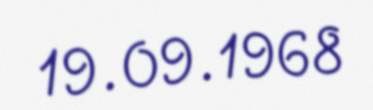
19.09.1968